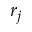
r _ { j }